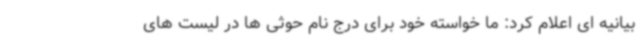
بیانیه ای اعلام کرد: ما خواسته خود برای درج نام حوثی ها در لیست های